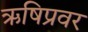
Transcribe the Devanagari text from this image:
ऋषिप्रवर